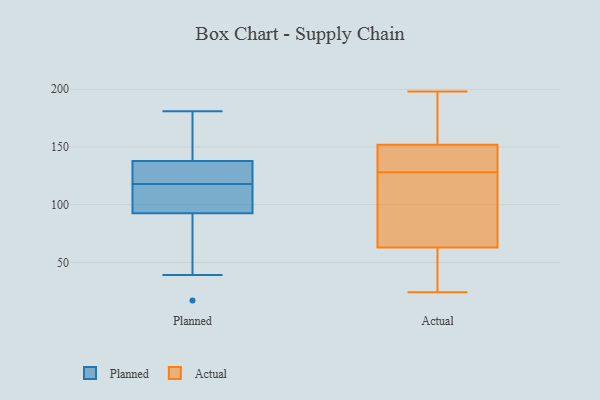
{"axis": {"x": "Temperature (°C)", "y": "Value"}, "legend": ["Actual", "Planned"], "data": [{"x": "", "y": 39, "type": "Planned"}, {"x": "", "y": 125, "type": "Planned"}, {"x": "", "y": 97, "type": "Planned"}, {"x": "", "y": 111, "type": "Planned"}, {"x": "", "y": 125, "type": "Planned"}, {"x": "", "y": 150, "type": "Planned"}, {"x": "", "y": 108, "type": "Planned"}, {"x": "", "y": 118, "type": "Planned"}, {"x": "", "y": 17, "type": "Planned"}, {"x": "", "y": 91, "type": "Planned"}, {"x": "", "y": 142, "type": "Planned"}, {"x": "", "y": 78, "type": "Planned"}, {"x": "", "y": 124, "type": "Planned"}, {"x": "", "y": 153, "type": "Planned"}, {"x": "", "y": 181, "type": "Planned"}, {"x": "", "y": 52, "type": "Actual"}, {"x": "", "y": 71, "type": "Actual"}, {"x": "", "y": 198, "type": "Actual"}, {"x": "", "y": 124, "type": "Actual"}, {"x": "", "y": 25, "type": "Actual"}, {"x": "", "y": 135, "type": "Actual"}, {"x": "", "y": 186, "type": "Actual"}, {"x": "", "y": 132, "type": "Actual"}, {"x": "", "y": 121, "type": "Actual"}, {"x": "", "y": 149, "type": "Actual"}, {"x": "", "y": 128, "type": "Actual"}, {"x": "", "y": 24, "type": "Actual"}, {"x": "", "y": 60, "type": "Actual"}, {"x": "", "y": 183, "type": "Actual"}, {"x": "", "y": 153, "type": "Actual"}]}